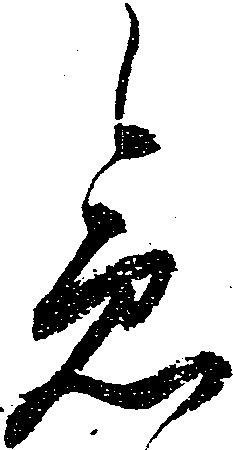
急